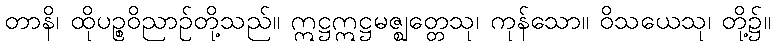
တာနိ၊ ထိုပဉ္စဝိညာဉ်တို့သည်။ ဣဋ္ဌဣဋ္ဌမဇ္ဈတ္တေသု၊ ကုန်သော။ ဝိသယေသု၊ တို့၌။